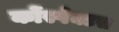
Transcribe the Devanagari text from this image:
कोंस्पेक्टस